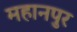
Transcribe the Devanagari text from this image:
महानपुर